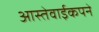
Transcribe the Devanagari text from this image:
आस्तेवाईकपने